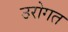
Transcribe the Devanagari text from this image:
उरोगत